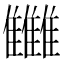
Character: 雦